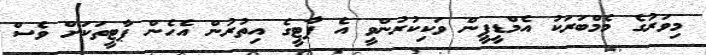
މިވަރުގެ މެމްބަރަކު އެމްޑީޕީން ވަކިކުރުންވީ އެ ޕާޓީގެ އިތުރުން އެހެން ޕާޓީތަކަށް ވެސް